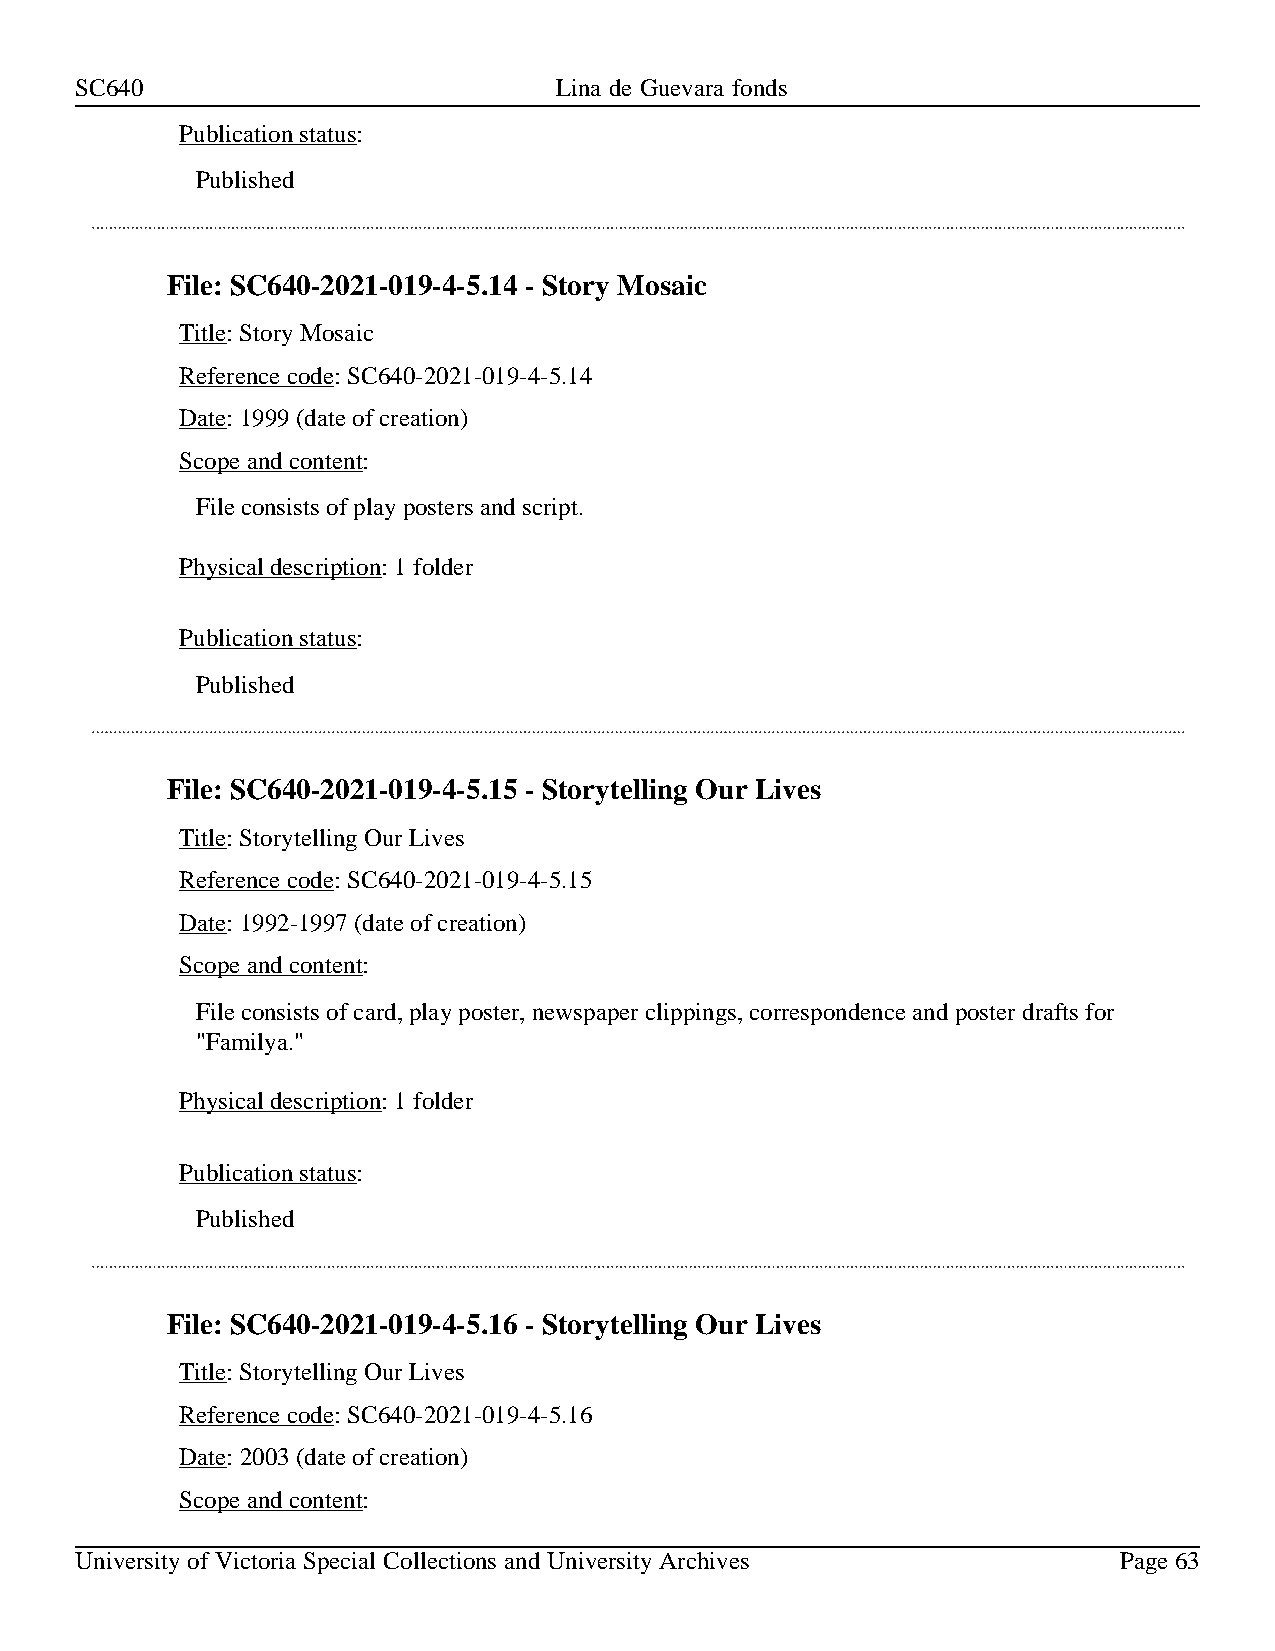
SC640                           Lina de Guevara fonds
 Publication status:
 Published
 File: SC640-2021-019-4-5.14 - Story Mosaic
 Title: Story Mosaic
 Reference code: SC640-2021-019-4-5.14
 Date: 1999 (date of creation)
 Scope and content:
 File consists of play posters and script.
 Physical description: 1 folder
 Publication status:
 Published
 File: SC640-2021-019-4-5.15 - Storytelling Our Lives
 Title: Storytelling Our Lives
 Reference code: SC640-2021-019-4-5.15
 Date: 1992-1997 (date of creation)
 Scope and content:
 File consists of card, play poster, newspaper clippings, correspondence and poster drafts for
 "Familya."
 Physical description: 1 folder
 Publication status:
 Published
 File: SC640-2021-019-4-5.16 - Storytelling Our Lives
 Title: Storytelling Our Lives
 Reference code: SC640-2021-019-4-5.16
 Date: 2003 (date of creation)
 Scope and content:
 University of Victoria Special Collections and University Archives   Page 63